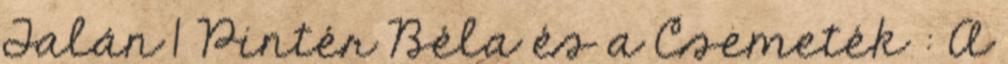
Talán 1 Pintér Béla és a Csemeték : A